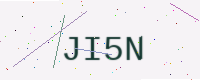
Text: JI5N